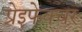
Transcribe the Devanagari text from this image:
प्रेइफेक्चर